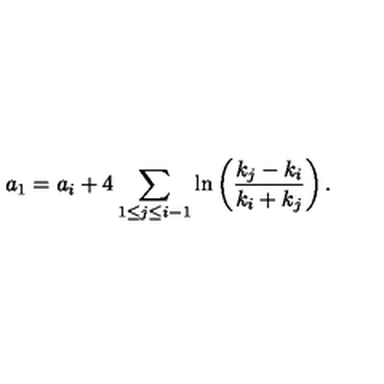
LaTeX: a _ { 1 } = a _ { i } + 4 \sum _ { 1 \leq j \leq i - 1 } \ln \left( \frac { k _ { j } - k _ { i } } { k _ { i } + k _ { j } } \right) .